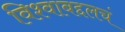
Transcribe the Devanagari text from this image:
विश्वाबद्दलचं